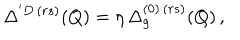
LaTeX: \Delta ^ { ' D \, ( r s ) } ( Q ) = \eta \, \Delta _ { g } ^ { ( 0 ) \, ( r s ) } ( Q ) \, ,